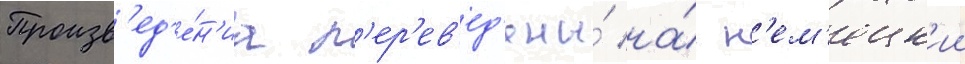
Произв'ед'е́н'иа п'ер'ев'ед'ены́ на́ н'ем'ецк'ии